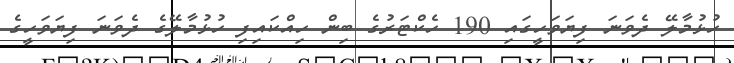
ހުޅުމާލޭ ދެވަނަ ފިޔަވަހީގައި 190 ހެކްޓަރުގެ ބިން ހިއްކައިފި ހުޅުމާލޭގެ ދެވަނަ ފިޔަވަހީގެ